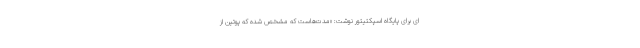
ای برای پایگاه اسپکتیتور نوشت: «مدت‌هاست که مشخص شده که پوتین از